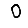
Digit: 0